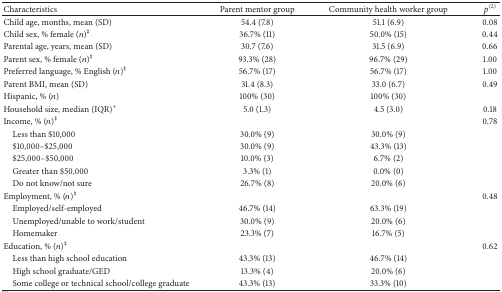
<table><thead><tr><td><b>Characteristics</b></td><td><b>Parent mentor group</b></td><td><b>Community health worker group</b></td><td><b><i>p</i><sup>(2)</sup></b></td></tr></thead><tbody><tr><td>Child age, months, mean (SD)</td><td>54.4 (7.8)</td><td>51.1 (6.9)</td><td>0.08</td></tr><tr><td>Child sex, % female (<i>n</i>)<sup>‡</sup></td><td>36.7% (11)</td><td>50.0% (15)</td><td>0.44</td></tr><tr><td>Parental age, years, mean (SD)</td><td>30.7 (7.6)</td><td>31.5 (6.9)</td><td>0.66</td></tr><tr><td>Parent sex, % female (<i>n</i>)<sup>‡</sup></td><td>93.3% (28)</td><td>96.7% (29)</td><td>1.00</td></tr><tr><td>Preferred language, % English (<i>n</i>)<sup>‡</sup></td><td>56.7% (17)</td><td>56.7% (17)</td><td>1.00</td></tr><tr><td>Parent BMI, mean (SD)</td><td>31.4 (8.3)</td><td>33.0 (6.7)</td><td>0.49</td></tr><tr><td>Hispanic, % (<i>n</i>)</td><td>100% (30)</td><td>100% (30)</td><td> </td></tr><tr><td>Household size, median (IQR)<sup>+</sup></td><td>5.0 (1.3)</td><td>4.5 (3.0)</td><td>0.18</td></tr><tr><td>Income, % (<i>n</i>)<sup>‡</sup></td><td> </td><td> </td><td>0.78</td></tr><tr><td> Less than $10,000</td><td>30.0% (9)</td><td>30.0% (9)</td><td> </td></tr><tr><td> $10,000–$25,000</td><td>30.0% (9)</td><td>43.3% (13)</td><td> </td></tr><tr><td> $25,000–$50,000</td><td>10.0% (3)</td><td>6.7% (2)</td><td> </td></tr><tr><td> Greater than $50,000</td><td>3.3% (1)</td><td>0.0% (0)</td><td> </td></tr><tr><td> Do not know/not sure</td><td>26.7% (8)</td><td>20.0% (6)</td><td> </td></tr><tr><td>Employment, % (<i>n</i>)<sup>‡</sup></td><td> </td><td> </td><td>0.48</td></tr><tr><td> Employed/self-employed</td><td>46.7% (14)</td><td>63.3% (19)</td><td> </td></tr><tr><td> Unemployed/unable to work/student</td><td>30.0% (9)</td><td>20.0% (6)</td><td> </td></tr><tr><td> Homemaker</td><td>23.3% (7)</td><td>16.7% (5)</td><td> </td></tr><tr><td>Education, % (<i>n</i>)<sup>‡</sup></td><td> </td><td> </td><td>0.62</td></tr><tr><td> Less than high school education</td><td>43.3% (13)</td><td>46.7% (14)</td><td> </td></tr><tr><td> High school graduate/GED</td><td>13.3% (4)</td><td>20.0% (6)</td><td> </td></tr><tr><td> Some college or technical school/college graduate</td><td>43.3% (13)</td><td>33.3% (10)</td><td> </td></tr></tbody></table>